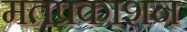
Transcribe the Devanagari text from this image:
मतप्रकाशन